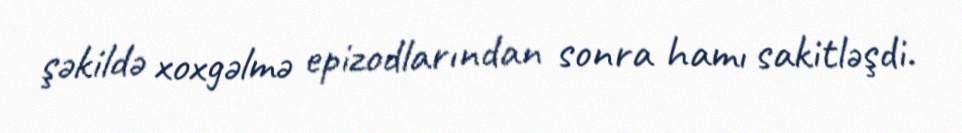
şəkildə xoxgəlmə epizodlarından sonra hamı sakitləşdi.